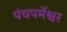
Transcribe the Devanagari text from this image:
पंचपर्मेश्वर